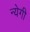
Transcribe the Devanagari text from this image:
न्येगी